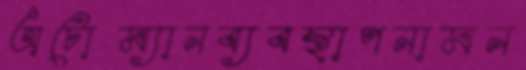
অটোম্যানব্যবস্থাপনামন